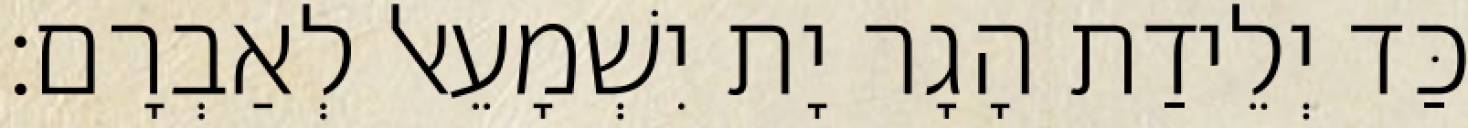
כַּד יְלֵידַת הָגָר יָת יִשְׁמָעֵאל לְאַבְרָם׃